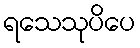
ရသေသုပိပေ